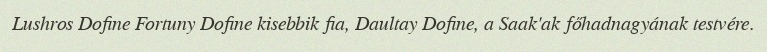
Lushros Dofine Fortuny Dofine kisebbik fia, Daultay Dofine, a Saak'ak főhadnagyának testvére.